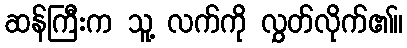
ဆန်ကြီးက သူ့ လက်ကို လွှတ်လိုက်၏။